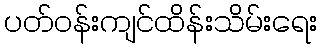
ပတ်ဝန်းကျင်ထိန်းသိမ်းရေး